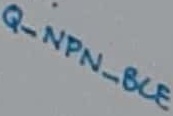
Text: Q_NPN_BCE